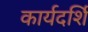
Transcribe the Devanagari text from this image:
कार्यदर्शि